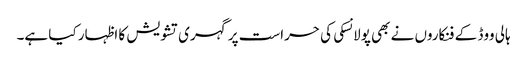
ہالی ووڈ کے فنکاروں نے بھی پولانسکی کی حراست پر گہری تشویش کا اظہار کیا ہے۔